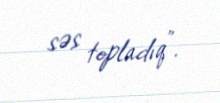
səs topladıq”.